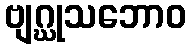
ဗျဂ္ဃုသဘောဝ